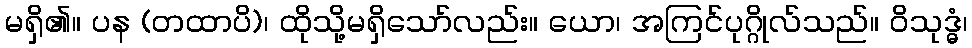
မရှိ၏။ ပန (တထာပိ)၊ ထိုသို့မရှိသော်လည်း။ ယော၊ အကြင်ပုဂ္ဂိုလ်သည်။ ဝိသုဒ္ဓံ၊